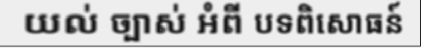
យល់ ច្បាស់ អំពី បទពិសោធន៍